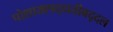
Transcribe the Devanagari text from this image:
पोशाखपद्धतीबद्दल